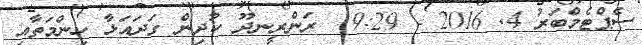
ސެޕްޓެމްބަރު 4